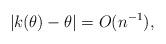
LaTeX: \begin{align*} |k(\theta)-\theta|=O(n^{-1}),\end{align*}